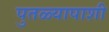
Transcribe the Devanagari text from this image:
पुतळ्यापाशी